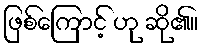
ဖြစ်ကြောင့် ဟု ဆို၏။